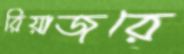
রিয়াজরে